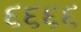
૬૬૬૬